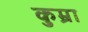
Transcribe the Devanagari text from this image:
कुम्रा